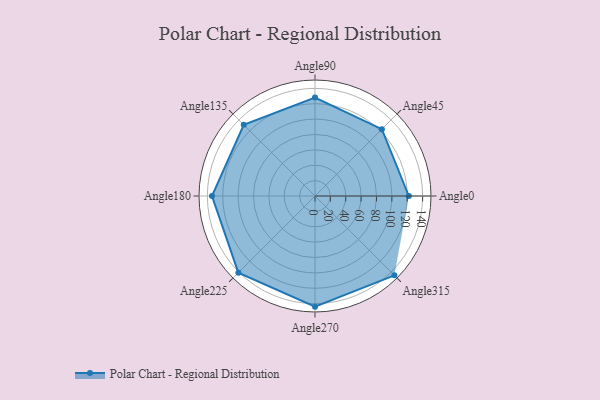
{"axis": {"x": "Angle", "y": "Radius"}, "legend": [""], "data": [{"x": "Angle0", "y": 122.0, "type": ""}, {"x": "Angle45", "y": 123.0, "type": ""}, {"x": "Angle90", "y": 128.0, "type": ""}, {"x": "Angle135", "y": 131.0, "type": ""}, {"x": "Angle180", "y": 134.0, "type": ""}, {"x": "Angle225", "y": 141.0, "type": ""}, {"x": "Angle270", "y": 144.0, "type": ""}, {"x": "Angle315", "y": 146.0, "type": ""}]}